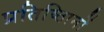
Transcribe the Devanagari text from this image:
प्रतिष्ठिानों